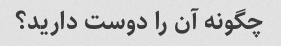
چگونه آن را دوست دارید؟